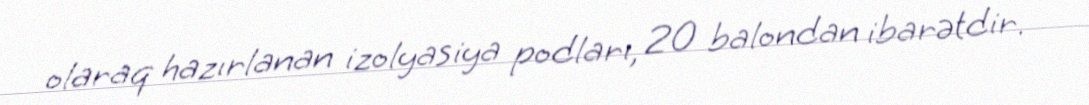
olaraq hazırlanan izolyasiya podları, 20 balondan ibarətdir.